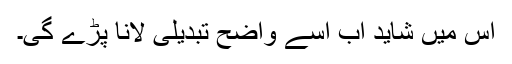
اس میں شاید اب اسے واضح تبدیلی لانا پڑے گی۔